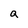
Character: a